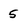
Character: 5